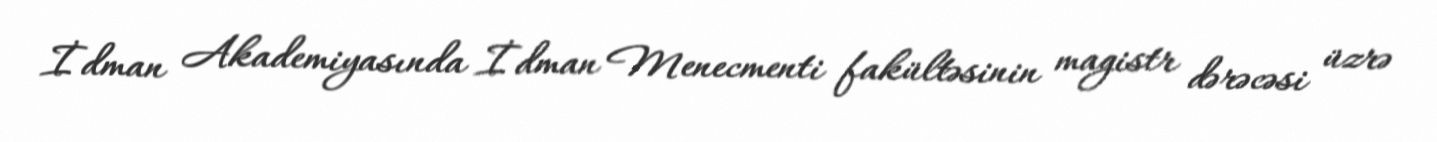
İdman Akademiyasında İdman Menecmenti fakültəsinin magistr dərəcəsi üzrə